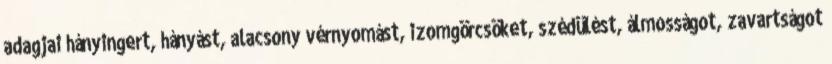
adagjai hányingert, hányást, alacsony vérnyomást, izomgörcsöket, szédülést, álmosságot, zavartságot